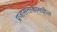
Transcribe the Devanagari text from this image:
प्रजासत्ताकांमधील